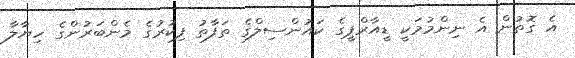
އެ ގޮތުން އެ ނިންމުމަކީ ޑީއާރްޕީގެ ކައުންސިލްގެ ތަފާތު ފިކުރުގެ މެންބަރުންގެ ހިޔާލާ